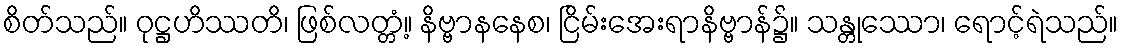
စိတ်သည်။ ဝုဋ္ဌဟိဿတိ၊ ဖြစ်လတ္တံ့။ နိဗ္ဗာနနေစ၊ ငြိမ်းအေးရာနိဗ္ဗာန်၌။ သန္တုဿော၊ ရောင့်ရဲသည်။